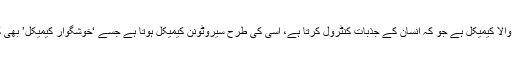
انہوں نے بتایا کہ ڈوپامین ایک قدرتی طور پر پائے جانے والا کیمیکل ہے جو کہ انسان کے جذبات کنٹرول کرتا ہے، اسی کی طرح سیروٹونن کیمیکل ہوتا ہے جسے ‘خوشگوار کیمیکل’ بھی کہا جاتا ہے اور یہ انسان کو خوش کرنے کا باعث بنتا ہے۔